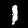
Label: 1